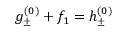
g _ { \pm } ^ { ( 0 ) } + f _ { 1 } = h _ { \pm } ^ { ( 0 ) }